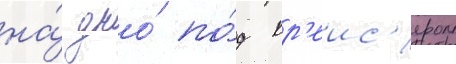
на́ дно́ по́д кр'еис'ером